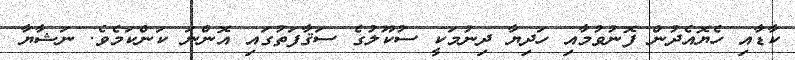
ކާޑާއި ހެޔޮއެދުން ފޮނުވުމާއި ހަދިޔާ ދިނުމަކީ ސުކޫލުގެ ސަޤާފަތުގައި އޮންނަ ކަންކަމެވެ. ނަޝާޔާ